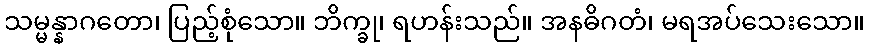
သမ္မန္နာဂတော၊ ပြည့်စုံသော။ ဘိက္ခု၊ ရဟန်းသည်။ အနဓိဂတံ၊ မရအပ်သေးသော။